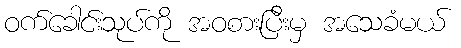
ဝက်ခေါင်းသုပ်ကို အဝစားပြီးမှ အသေခံမယ်